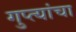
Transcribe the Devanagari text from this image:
गुप्त्यांचा